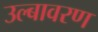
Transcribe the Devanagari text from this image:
उल्बावरण